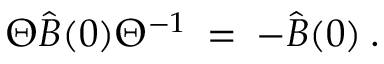
\Theta { \hat { B } ( 0 ) } { \Theta } ^ { - 1 } \: = \: - { \hat { B } ( 0 ) } \: .